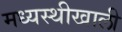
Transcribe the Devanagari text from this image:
मध्यस्थीखाली